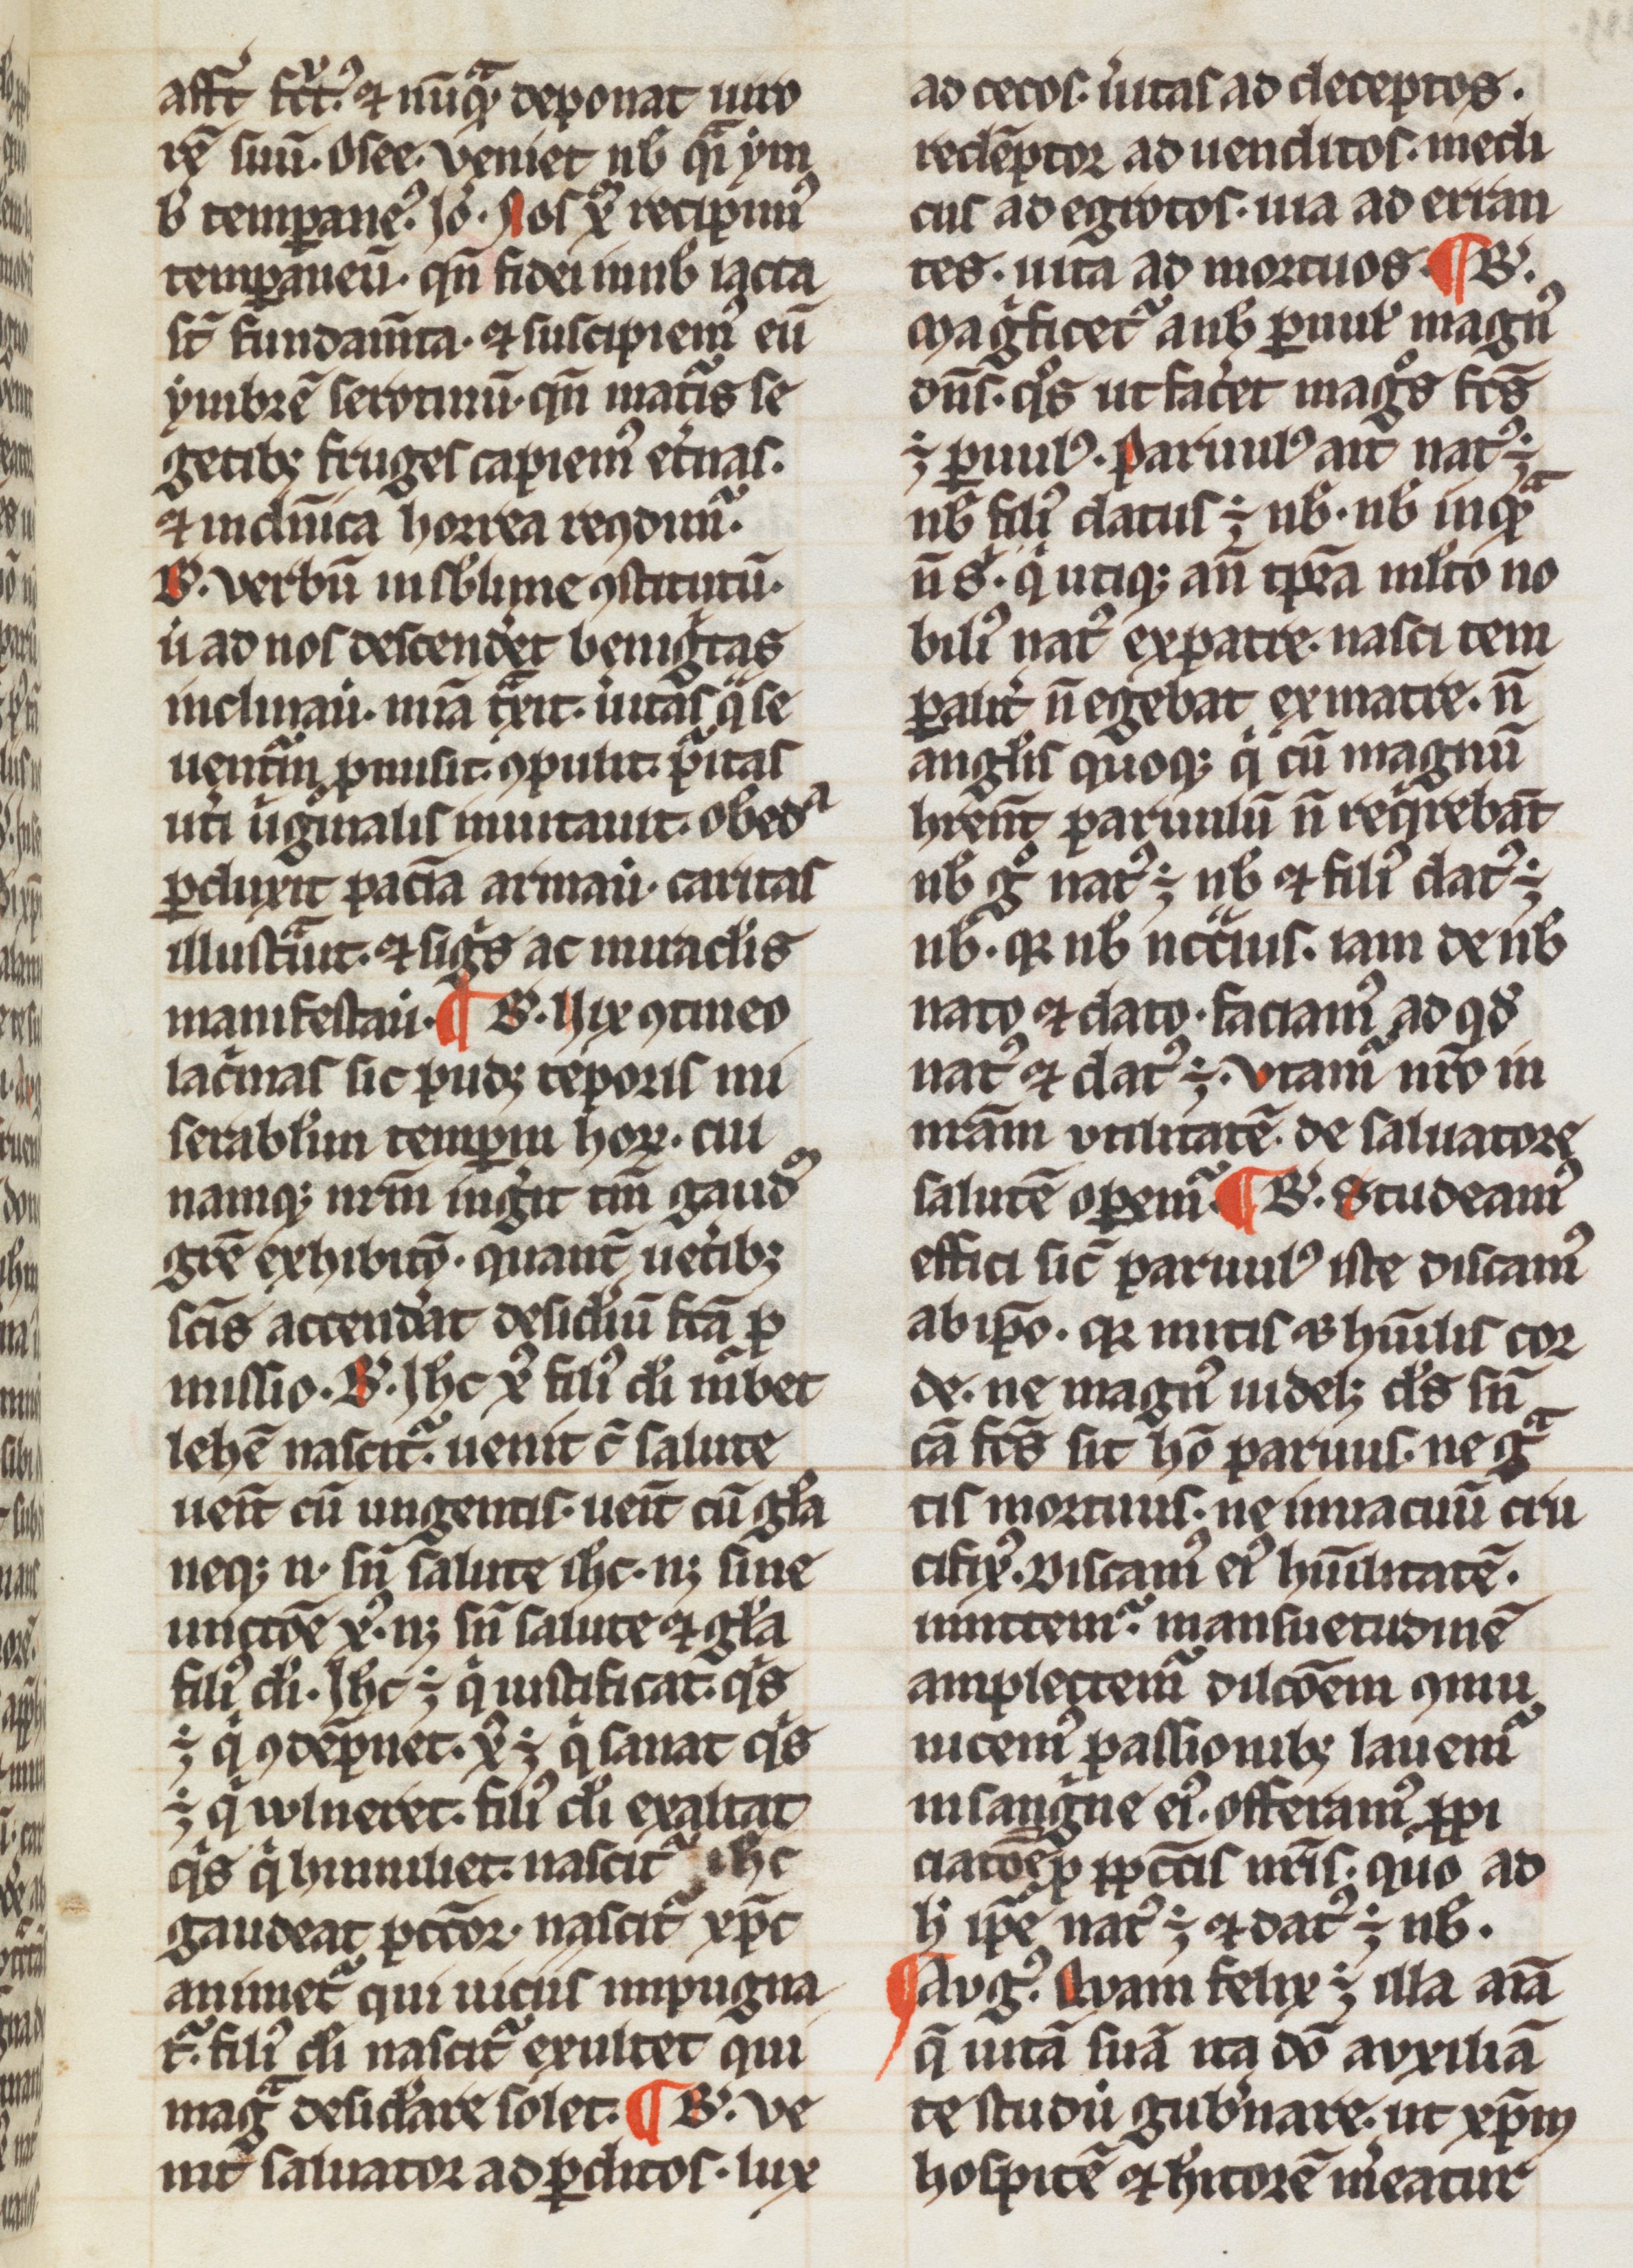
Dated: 1200–1399